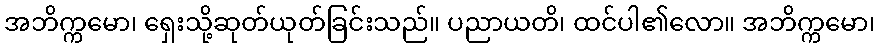
အဘိက္ကမော၊ ရှေးသို့ဆုတ်ယုတ်ခြင်းသည်။ ပညာယတိ၊ ထင်ပါ၏လော။ အဘိက္ကမော၊